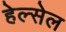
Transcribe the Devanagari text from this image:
हेल्सेल